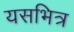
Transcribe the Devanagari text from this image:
यसभित्र